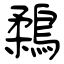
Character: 鶔